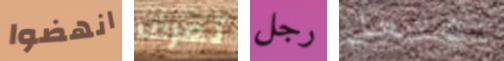
انهضوا تعرف رجل تشتعل